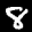
Label: 8